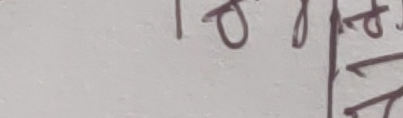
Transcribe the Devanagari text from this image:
गरि